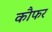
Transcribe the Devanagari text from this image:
कौफर